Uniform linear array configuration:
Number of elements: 4
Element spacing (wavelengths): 0.25
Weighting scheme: hann
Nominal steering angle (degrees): -15
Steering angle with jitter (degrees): -15.582
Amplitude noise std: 0.05
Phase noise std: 0.05

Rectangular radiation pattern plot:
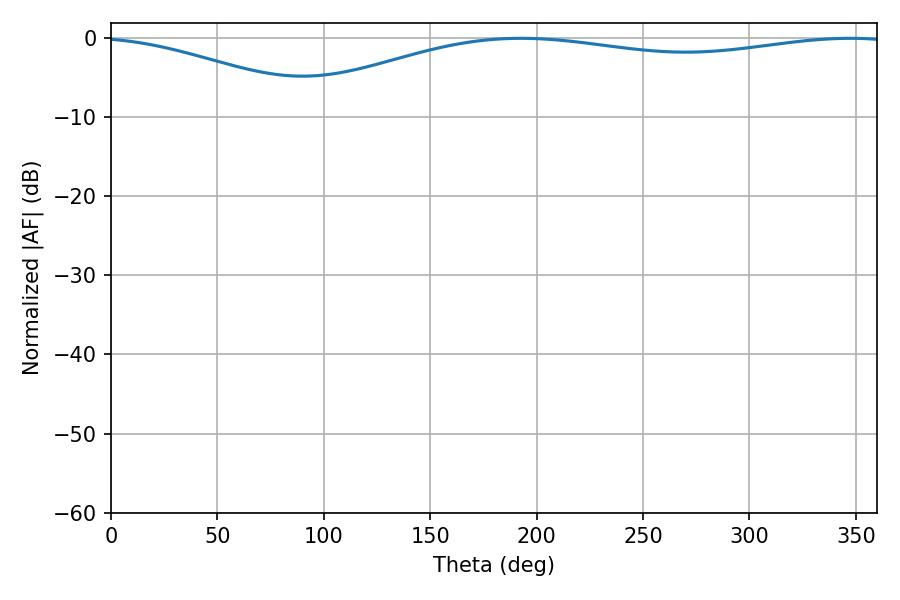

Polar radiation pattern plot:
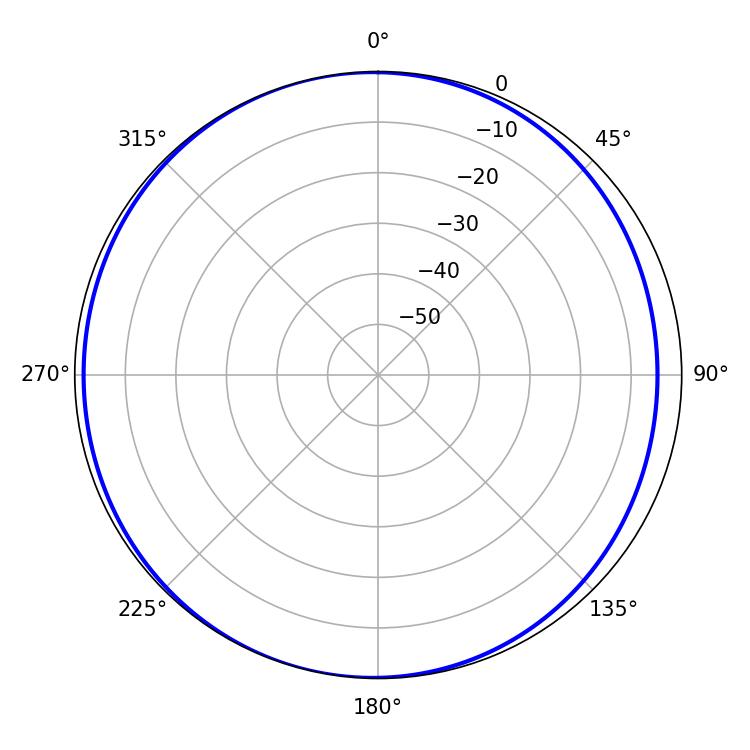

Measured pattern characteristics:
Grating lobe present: FALSE
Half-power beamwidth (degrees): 231.3
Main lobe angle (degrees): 192.6